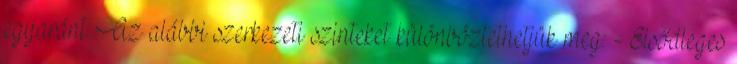
egyaránt. Az alábbi szerkezeti szinteket különböztethetjük meg: - Elsődleges